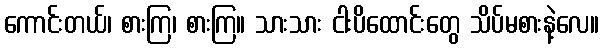
ကောင်းတယ်၊ စားကြ၊ စားကြ။ သားသား ငါးပိထောင်းတွေ သိပ်မစားနဲ့လေ။